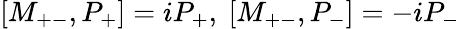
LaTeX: [M_{+-},P_{+}]=iP_{+},\ [M_{+-},P_{-}]=-iP_{-}